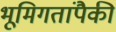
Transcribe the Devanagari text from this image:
भूमिगतांपैकी